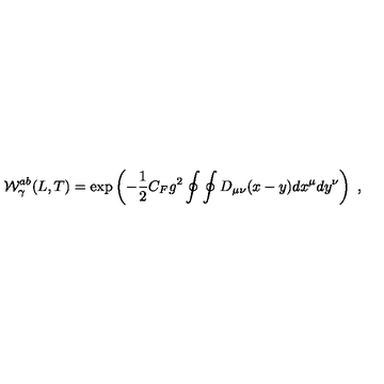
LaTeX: { \cal W } _ { \gamma } ^ { a b } ( L , T ) = \mathrm { e x p } \left( - { \frac { 1 } { 2 } } C _ { F } g ^ { 2 } \oint \oint D _ { \mu \nu } ( x - y ) d x ^ { \mu } d y ^ { \nu } \right) \ ,